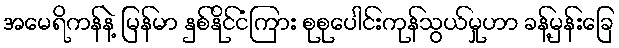
အမေရိကန်နဲ့ မြန်မာ နှစ်နိုင်ငံကြား စုစုပေါင်းကုန်သွယ်မှုဟာ ခန့်မှန်းခြေ